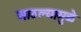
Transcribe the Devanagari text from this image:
साठल्यामुळे